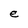
Character: e